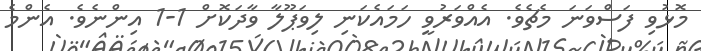
މޮޅުވި ފަސްވަނަ މެޗެވެ. އެއްވަރުވީ ހަމައެކަނި ލިވަޕޫލާ ވާދަކޮށް 1-1 އިންނެވެ. އެންމެ